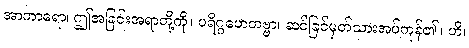
အာကာရော၊ ဤအခြင်းအရာတို့ကို။ ပရိဂ္ဂဟေတဗ္ဗာ၊ ဆင်ခြင်မှတ်သားအပ်ကုန်၏။ ဟိ၊